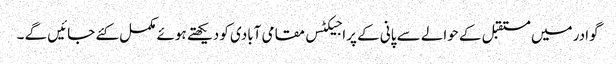
گوادر میں مستقبل کے حوالے سے پانی کے پراجیکٹس مقامی آبادی کو دیکھتے ہوئے مکمل کئے جائیں گے ۔